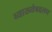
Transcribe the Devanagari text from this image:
व्याख्येबद्दलच